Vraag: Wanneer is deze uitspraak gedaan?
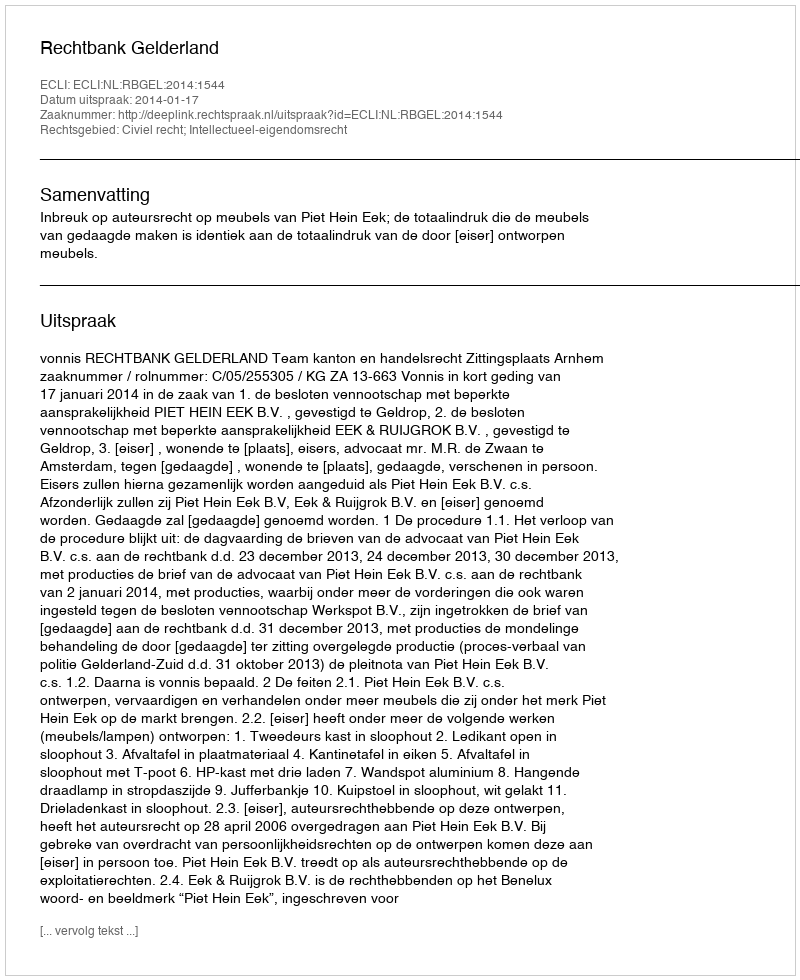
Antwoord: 2014-01-17